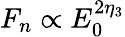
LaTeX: F_{n}\propto E_{0}^{2\eta_{3}}